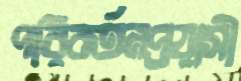
পরিবর্তনপ্রয়াসী